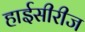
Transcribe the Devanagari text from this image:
हाईसीरीज